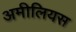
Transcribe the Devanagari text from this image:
अमीलियस